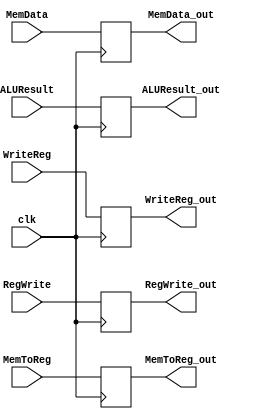
`timescale 1ns / 1ps
//////////////////////////////////////////////////////////////////////////////////
// Company: 
// Engineer: 
// 
// Design Name: 
// Module Name: MEM_WB_REG
// Project Name: 
// Target Devices: 
// Tool Versions: 
// Description: 
// 
// Dependencies: 
// 
// Revision:
// Revision 0.01 - File Created
// Additional Comments:
// 
//////////////////////////////////////////////////////////////////////////////////


module MEM_WB_REG(clk, RegWrite, MemToReg, MemData, ALUResult, WriteReg, RegWrite_out, 
                    MemToReg_out, MemData_out, ALUResult_out, WriteReg_out);

    input clk, RegWrite, MemToReg;

    input [31:0] MemData;
    input [63:0] ALUResult;
    input [4:0] WriteReg;
    
    output reg RegWrite_out, MemToReg_out;
    output reg [31:0] MemData_out;
    output reg [63:0] ALUResult_out;
    output reg [4:0] WriteReg_out;
    
//    reg PRegWrite, PMemToReg;
    
    initial begin
        RegWrite_out = 0;
        MemToReg_out = 0;
        MemData_out = 0;
        ALUResult_out = 0;
        WriteReg_out = 0;
    end
    
//    always @(posedge clk)   begin
//        PRegWrite <= RegWrite;
//        PMemToReg <= MemToReg;
//    end    
    
    
    always @(posedge clk)   begin
        MemData_out <= MemData;
        ALUResult_out <= ALUResult;
        WriteReg_out <= WriteReg;
        RegWrite_out <= RegWrite;
        MemToReg_out <= MemToReg;
    end       
endmodule